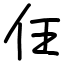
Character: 仼